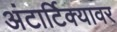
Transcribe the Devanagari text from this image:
अंटार्टिक्यावर